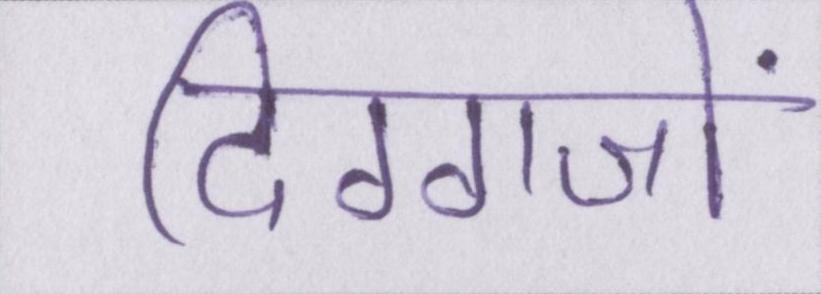
दिग्गजों